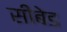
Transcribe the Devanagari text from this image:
सीबेड